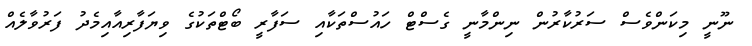
ނޫނީ މިކަންވެސް ސަރުކާރުން ނިންމާނީ ގެސްޓް ހައުސްތަކާއި ސަފާރީ ބޯޓްތަކުގެ ވިޔަފާރިއާއިމެދު ފަރުވާލެއް